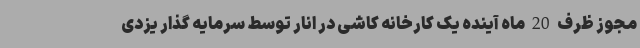
مجوز ظرف 20 ماه آینده یک کارخانه کاشی در انار توسط سرمایه گذار یزدی